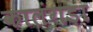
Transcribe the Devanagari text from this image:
कालंगड़ा